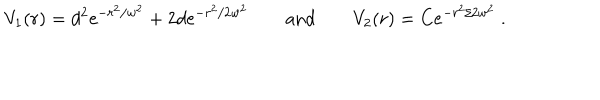
V _ { 1 } ( r ) = d ^ { 2 } \mathrm { e } ^ { - r ^ { 2 } / w ^ { 2 } } + 2 d \mathrm { e } ^ { - r ^ { 2 } / 2 w ^ { 2 } } \qquad \mathrm { a n d } \qquad V _ { 2 } ( r ) = C \mathrm { e } ^ { - r ^ { 2 } / 2 w ^ { 2 } } \ .